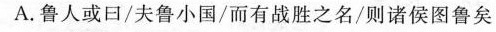
A.鲁人或曰/夫鲁小国/而有战胜之名/则诸侯图鲁矣